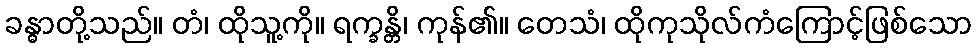
ခန္ဓာတို့သည်။ တံ၊ ထိုသူ့ကို။ ရက္ခန္တိ၊ ကုန်၏။ တေသံ၊ ထိုကုသိုလ်ကံကြောင့်ဖြစ်သော